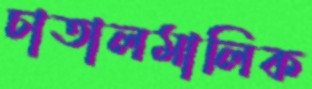
চাতালমালিক